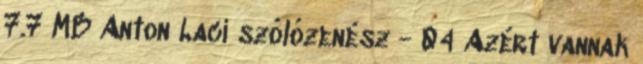
7.7 MB Anton Laci szólózenész - 04 Azért vannak